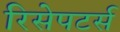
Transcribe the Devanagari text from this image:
रिसेपटर्स